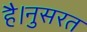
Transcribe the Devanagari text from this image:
है।नुसरत